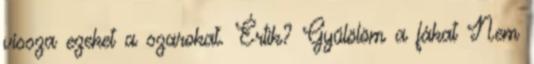
vissza ezeket a szarokat. Értik? Gyűlölöm a fákat Nem